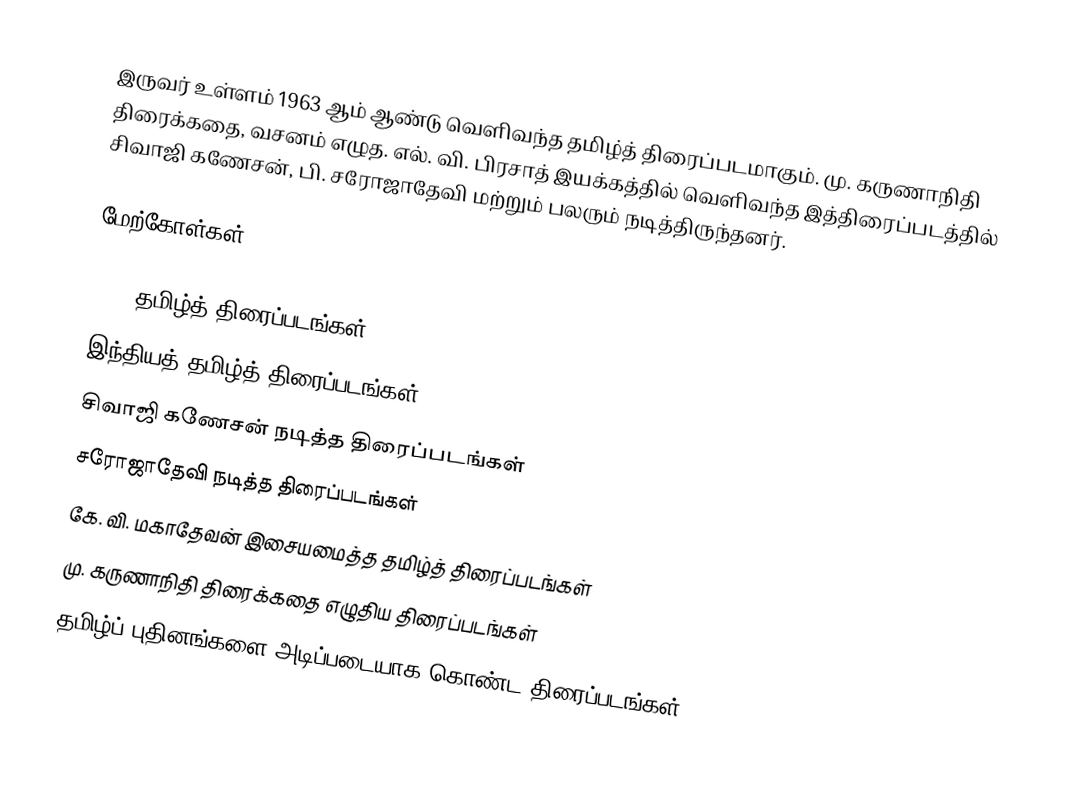
இருவர் உள்ளம் 1963 ஆம் ஆண்டு வெளிவந்த தமிழ்த் திரைப்படமாகும்.  மு. கருணாநிதி திரைக்கதை, வசனம் எழுத. எல். வி. பிரசாத் இயக்கத்தில் வெளிவந்த இத்திரைப்படத்தில் சிவாஜி கணேசன், பி. சரோஜாதேவி மற்றும் பலரும் நடித்திருந்தனர்.

மேற்கோள்கள்

1963 தமிழ்த் திரைப்படங்கள்
இந்தியத் தமிழ்த் திரைப்படங்கள்
சிவாஜி கணேசன் நடித்த திரைப்படங்கள்
சரோஜாதேவி நடித்த திரைப்படங்கள்
கே. வி. மகாதேவன் இசையமைத்த தமிழ்த் திரைப்படங்கள்
மு. கருணாநிதி திரைக்கதை எழுதிய திரைப்படங்கள்
தமிழ்ப் புதினங்களை அடிப்படையாக கொண்ட திரைப்படங்கள்